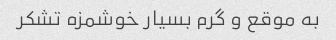
به موقع و گرم بسیار خوشمزه تشکر